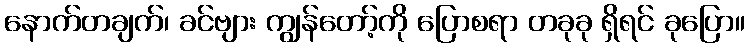
နောက်တချက်၊ ခင်ဗျား ကျွန်တော့်ကို ပြောစရာ တခုခု ရှိရင် ခုပြော။